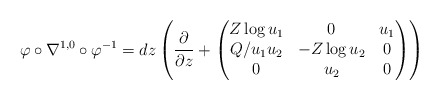
\begin{align*}\varphi\circ\nabla^{1,0}\circ\varphi^{-1} =dz\left(\frac{\partial}{\partial z} +\begin{pmatrix} Z\log u_1 & 0 & u_1\\ Q/u_1u_2 & -Z\log u_2 & 0\\ 0 & u_2 & 0\end{pmatrix}\right)\end{align*}